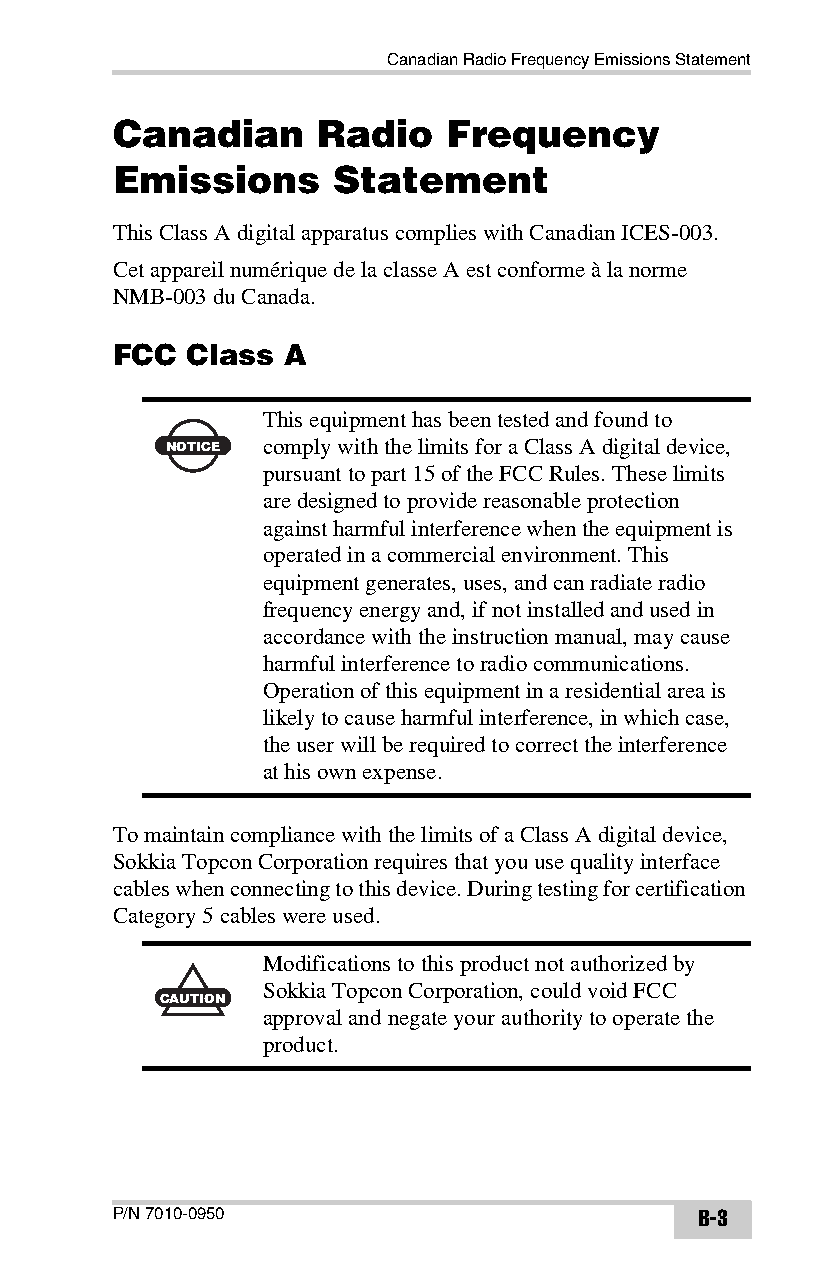
Canadian Radio Frequency Emissions Statement
 Canadian      Radio   Frequency
 Emissions      Statement
 This Class A digital apparatus complies with Canadian ICES-003.
 Cet appareil numérique de la classe A est conforme à la norme
 NMB-003 du Canada.
 FCC  Class  A
 This equipment has been tested and found to
 NOTICE comply with the limits for a Class A digital device,
 pursuant to part 15 of the FCC Rules. These limits
 are designed to provide reasonable protection
 against harmful interference when the equipment is
 operated in a commercial environment. This
 equipment generates, uses, and can radiate radio
 frequency energy and, if not installed and used in
 accordance with the instruction manual, may cause
 harmful interference to radio communications.
 Operation of this equipment in a residential area is
 likely to cause harmful interference, in which case,
 the user will be required to correct the interference
 at his own expense.
 To maintain compliance with the limits of a Class A digital device,
 Sokkia Topcon Corporation requires that you use quality interface
 cables when connecting to this device. During testing for certification
 Category 5 cables were used.
 Modifications to this product not authorized by
 Sokkia Topcon Corporation, could void FCC
 CAUTION
 approval and negate your authority to operate the
 product.
 P/N 7010-0950                          B-3